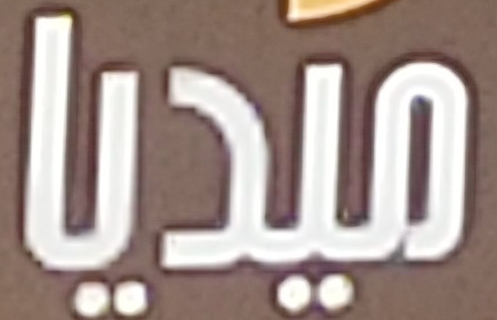
ميديا